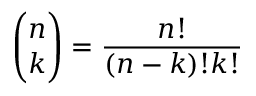
{ \binom { n } { k } } = \frac { n ! } { ( n - k ) ! k ! }